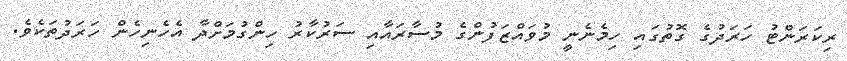
ރިކަރަންޓު ހަރަދުގެ ގޮތުގައި ހިމެނެނީ މުވައްޒަފުންގެ މުސާރައާއި ސަރުކާރު ހިންގުމަށްދާ އެހެނިހެން ހަރަދުތަކެވެ.